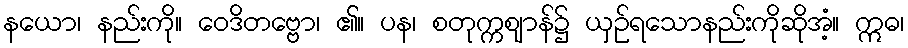
နယော၊ နည်းကို။ ဝေဒိတဗ္ဗော၊ ၏။ ပန၊ စတုက္ကဈာန်၌ ယှဉ်ရသောနည်းကိုဆိုအံ့။ ဣဓ၊